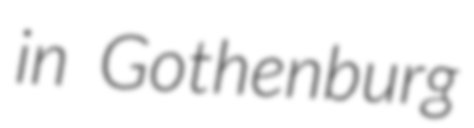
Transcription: in Gothenburg